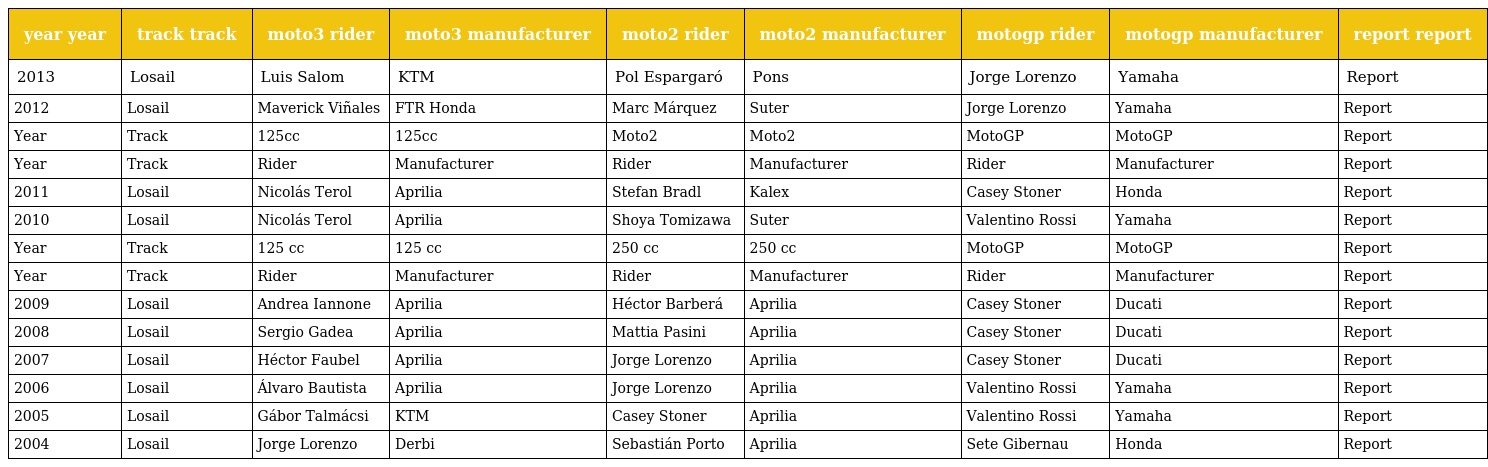
| year year | track track | moto3 rider | moto3 manufacturer | moto2 rider | moto2 manufacturer | motogp rider | motogp manufacturer | report report |
 | --- | --- | --- | --- | --- | --- | --- | --- | --- |
 | 2013 | Losail | Luis Salom | KTM | Pol Espargaró | Pons | Jorge Lorenzo | Yamaha | Report |
 | 2012 | Losail | Maverick Viñales | FTR Honda | Marc Márquez | Suter | Jorge Lorenzo | Yamaha | Report |
 | Year | Track | 125cc | 125cc | Moto2 | Moto2 | MotoGP | MotoGP | Report |
 | Year | Track | Rider | Manufacturer | Rider | Manufacturer | Rider | Manufacturer | Report |
 | 2011 | Losail | Nicolás Terol | Aprilia | Stefan Bradl | Kalex | Casey Stoner | Honda | Report |
 | 2010 | Losail | Nicolás Terol | Aprilia | Shoya Tomizawa | Suter | Valentino Rossi | Yamaha | Report |
 | Year | Track | 125 cc | 125 cc | 250 cc | 250 cc | MotoGP | MotoGP | Report |
 | Year | Track | Rider | Manufacturer | Rider | Manufacturer | Rider | Manufacturer | Report |
 | 2009 | Losail | Andrea Iannone | Aprilia | Héctor Barberá | Aprilia | Casey Stoner | Ducati | Report |
 | 2008 | Losail | Sergio Gadea | Aprilia | Mattia Pasini | Aprilia | Casey Stoner | Ducati | Report |
 | 2007 | Losail | Héctor Faubel | Aprilia | Jorge Lorenzo | Aprilia | Casey Stoner | Ducati | Report |
 | 2006 | Losail | Álvaro Bautista | Aprilia | Jorge Lorenzo | Aprilia | Valentino Rossi | Yamaha | Report |
 | 2005 | Losail | Gábor Talmácsi | KTM | Casey Stoner | Aprilia | Valentino Rossi | Yamaha | Report |
 | 2004 | Losail | Jorge Lorenzo | Derbi | Sebastián Porto | Aprilia | Sete Gibernau | Honda | Report |